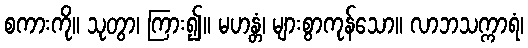
စကားကို။ သုတွာ၊ ကြား၍။ မဟန္တံ၊ များစွာကုန်သော။ လာဘသက္ကာရံ၊